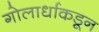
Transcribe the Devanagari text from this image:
गोलार्धाकडून